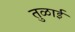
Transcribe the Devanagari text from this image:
तुळाई